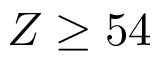
Z \ge 5 4